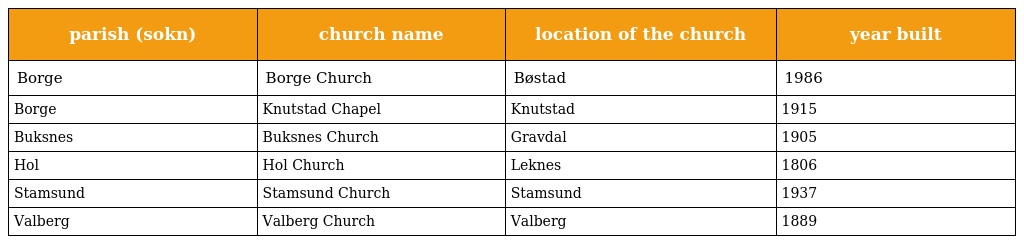
| parish (sokn) | church name | location of the church | year built |
 | --- | --- | --- | --- |
 | Borge | Borge Church | Bøstad | 1986 |
 | Borge | Knutstad Chapel | Knutstad | 1915 |
 | Buksnes | Buksnes Church | Gravdal | 1905 |
 | Hol | Hol Church | Leknes | 1806 |
 | Stamsund | Stamsund Church | Stamsund | 1937 |
 | Valberg | Valberg Church | Valberg | 1889 |